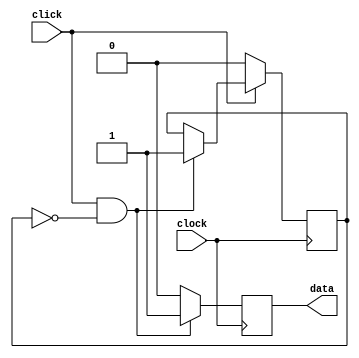
// Fast Multisource Pulse Registration System
// Module:
// clicklatch
// Pulse Edge Detection
// (c) Sergey V. Polyakov 2006-forever
module clicklatch (click, clock, data );

input click;
input clock;

output data;

reg state;
reg data;

always @ (posedge clock)
begin
	if (click == 1'b1 && state == 1'b0 )
	begin
		state <= 1'b1;
		data <= 1'b1;
	end
	else
	begin
		if (data == 1'b1 )
		begin
			data <=0;
		end
	end //Does this have a clock cycle dead time? Don't think so...?
		if (click == 1'b0 )
		begin
	 		state <= 1'b0;
		end	
		
end
endmodule